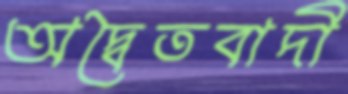
অদ্বৈতবাদী